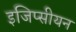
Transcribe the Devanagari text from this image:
इजिप्सीयन